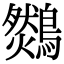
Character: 𪆈